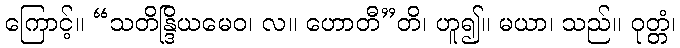
ကြောင့်။ “သတိန္ဒြိယမေဝ၊ လ။ ဟောတီ”တိ၊ ဟူ၍။ မယာ၊ သည်။ ဝုတ္တံ၊